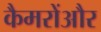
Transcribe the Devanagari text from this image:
कैमरोंऔर